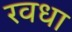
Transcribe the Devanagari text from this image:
रवधा